Indian journal of veterinary science and animal husbandry - Volume 2,
Year: 1932
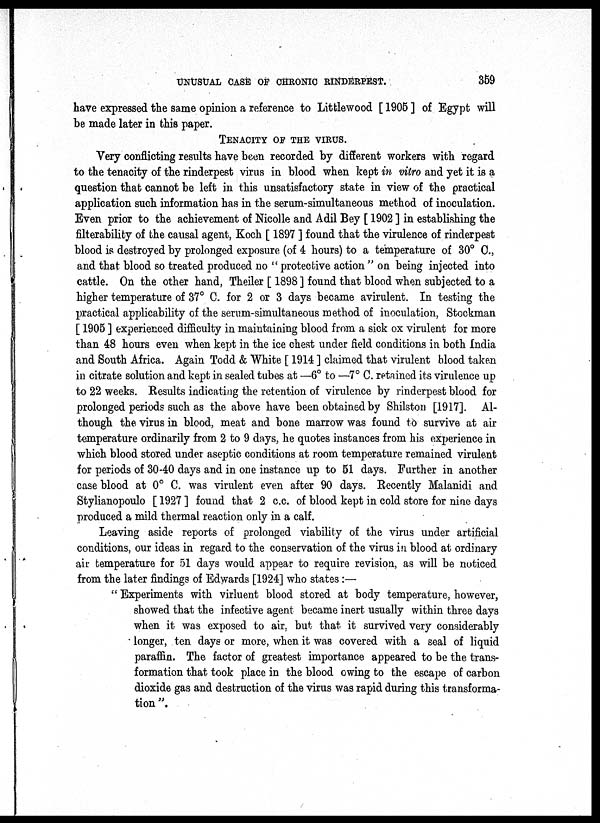
UNUSUAL CASE OF CHRONIC RINDERPEST.
359
have expressed the same opinion a reference to Littlewood [ 1905 ] of Egypt will
be made later in this paper.
TENACITY OF THE VIRUS.
Very conflicting results have been recorded by different workers with regard
to the tenacity of the rinderpest virus in blood when kept in vitro and yet it is a
question that cannot be left in this unsatisfactory state in view of the practical
application such information has in the serum-simultaneous method of inoculation.
Even prior to the achievement of Nicolle and Adil Bey [ 1902 ] in establishing the
filterability of the causal agent, Koch [ 1897 ] found that the virulence of rinderpest
blood is destroyed by prolonged exposure (of 4 hours) to a temperature of 30° C.,
and that blood so treated produced no " protective action " on being injected into
cattle. On the other hand, Theiler [ 1898 ] found that blood when subjected to a
higher temperature of 37° C. for 2 or 3 days became avirulent. In testing the
practical applicability of the serum-simultaneous method of inoculation, Stockman
[ 1905 ] experienced difficulty in maintaining blood from a sick ox virulent for more
than 48 hours even when kept in the ice chest under field conditions in both India
and South Africa. Again Todd & White [ 1914 ] claimed that virulent blood taken
in citrate solution and kept in sealed tubes at —6° to —7° C. retained its virulence up
to 22 weeks. Results indicating the retention of virulence by rinderpest blood for
prolonged periods such as the above have been obtained by Shilston [1917]. Al-
though the virus in blood, meat and bone marrow was found to survive at air
temperature ordinarily from 2 to 9 days, he quotes instances from his experience in
which blood stored under aseptic conditions at room temperature remained virulent
for periods of 30-40 days and in one instance up to 51 days. Further in another
case blood at 0° C. was virulent even after 90 days. Recently Malanidi and
Stylianopoulo [ 1927 ] found that 2 c.c. of blood kept in cold store for nine days
produced a mild thermal reaction only in a calf.
Leaving aside reports of prolonged viability of the virus under artificial
conditions, our ideas in regard to the conservation of the virus in blood at ordinary
air temperature for 51 days would appear to require revision, as will be noticed
from the later findings of Edwards [1924] who states :—
" Experiments with virluent blood stored at body temperature, however,
showed that the infective agent became inert usually within three days
when it was exposed to air, but that it survived very considerably
longer, ten days or more, when it was covered with a seal of liquid
paraffin. The factor of greatest importance appeared to be the trans-
formation that took place in the blood owing to the escape of carbon
dioxide gas and destruction of the virus was rapid during this transforma-
tion ".